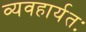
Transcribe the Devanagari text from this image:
व्यवहार्यतः